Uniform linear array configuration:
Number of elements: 48
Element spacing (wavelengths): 0.5
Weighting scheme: uniform
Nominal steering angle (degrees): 45
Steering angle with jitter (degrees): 44.529
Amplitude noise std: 0.05
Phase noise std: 0.05

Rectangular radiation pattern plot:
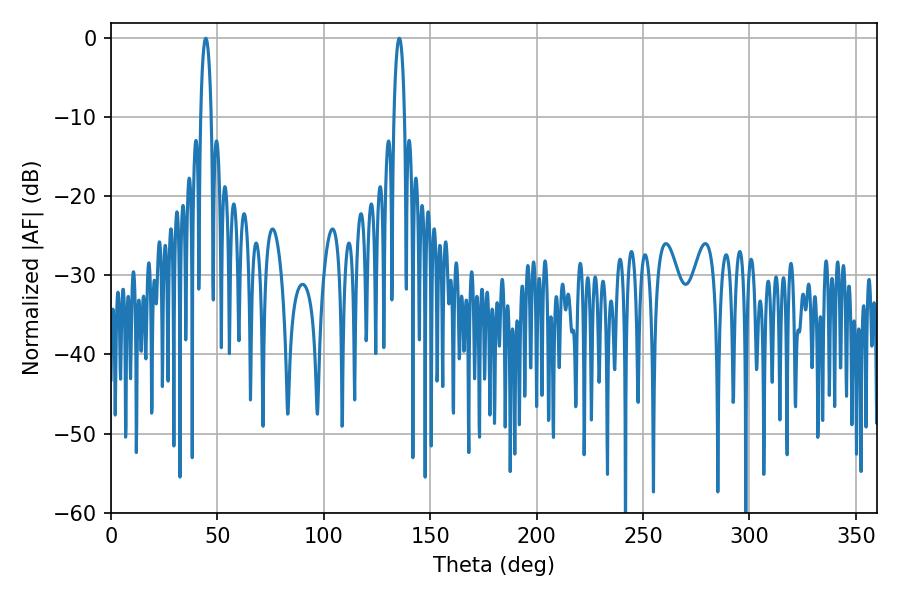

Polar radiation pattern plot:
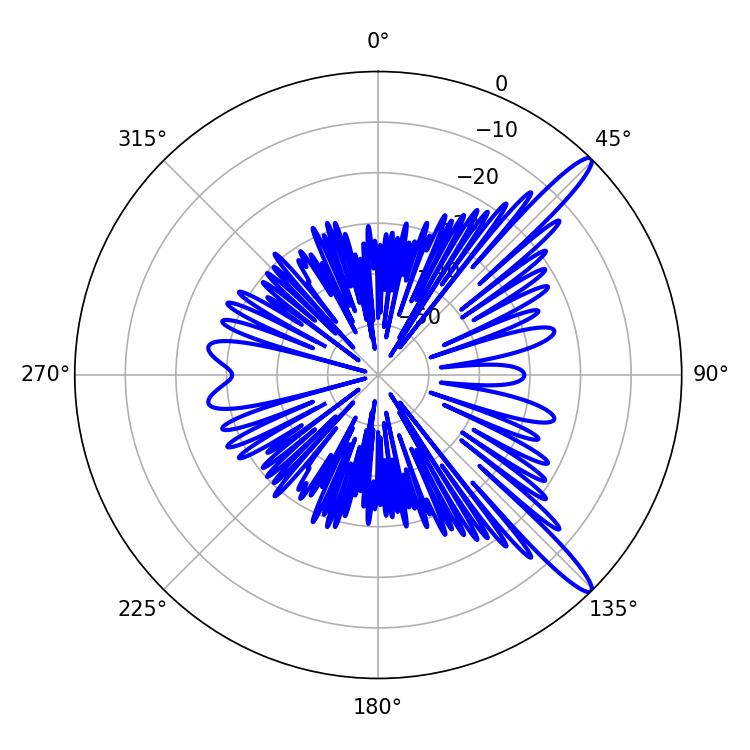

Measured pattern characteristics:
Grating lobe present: FALSE
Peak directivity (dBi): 13.942
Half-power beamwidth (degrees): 2.7
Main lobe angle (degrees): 44.46